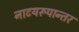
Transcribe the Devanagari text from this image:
नाटयरूपान्तर